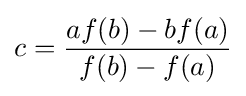
c={\frac {af(b)-bf(a)}{f(b)-f(a)}}